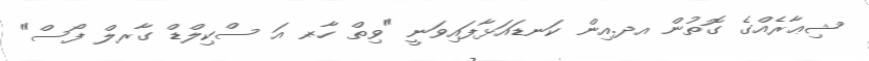
ޝިޢާރެއްގެ ގޮތުން އދ.އިން ކަނޑައަޅާފައިވަނީ "ވިތް ހާރ- އަ ސްކިލްޑް ގާރލް ފޯސް"